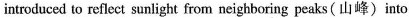
introduced to reflect sunlight from neighboring peaks (山峰)into